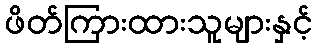
ဖိတ်ကြားထားသူများနှင့်